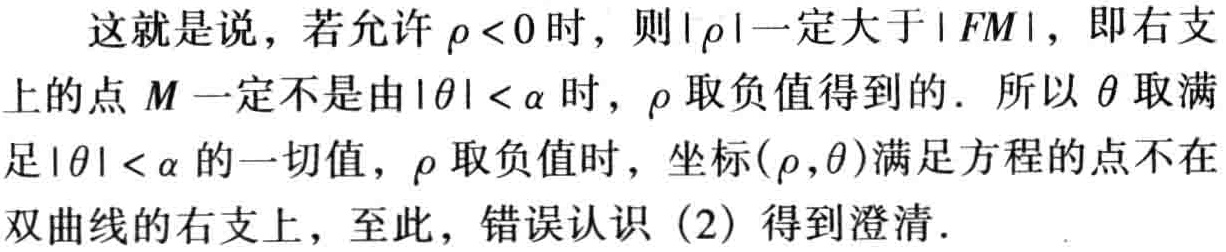
这就是说，若允许\(\rho <0\)时，则\(|\rho|\)一定大于\(|FM|\)，即右支
上的点\(M\)一定不是由\(|\theta |<\alpha\)时，\(\rho\)取负值得 到的．所以\(\theta\)取满
足\(|\theta |<\alpha\)的一切值，\(\rho\)取负值时，坐标\((\rho,\theta )\)满足方程的点不在
双曲线的右支上，至此，错误认识（2）得到澄清．